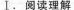
I。阅读理解